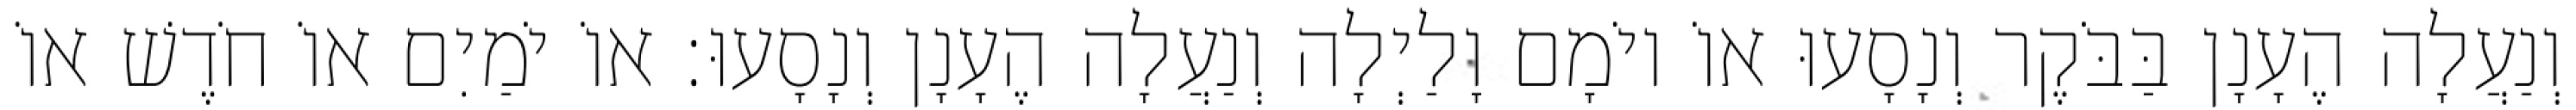
וְנַעֲלָה הֶעָנָן בַּבֹּקֶר וְנָסָעוּ אוֹ יוֹמָם וָלַיְלָה וְנַעֲלָה הֶעָנָן וְנָסָעוּ׃ אוֹ יֹמַיִם אוֹ חֹדֶשׁ אוֹ